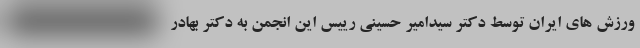
ورزش های ایران توسط دکتر سیدامیر حسینی رییس این انجمن به دکتر بهادر